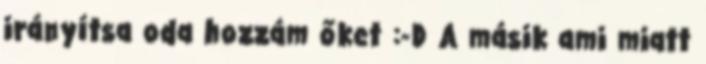
irányítsa oda hozzám őket :-D A másik ami miatt